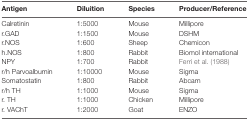
| Antigen | Diluition | Species | Producer/Reference |
 | --- | --- | --- | --- |
 | Calretinin | 1:5000 | Mouse | Millipore |
 | r.GAD | 1:1500 | Mouse | DSHM |
 | r.NOS | 1:600 | Sheep | Chemicon |
 | h.NOS | 1:800 | Rabbit | Biomol international |
 | NPY | 1:700 | Rabbit | Ferri et al. (1988) |
 | r/h Parvoalbumin | 1:10000 | Mouse | Sigma |
 | Somatostatin | 1:800 | Rabbit | Abcam |
 | r/h TH | 1:1000 | Mouse | Sigma |
 | r. TH | 1:1000 | Chicken | Millipore |
 | r. VAChT | 1:2000 | Goat | ENZO |